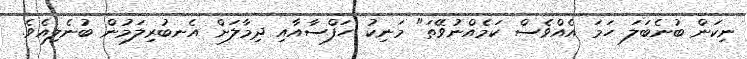
ނިކަން ބުނެބަލަ ހަމަ އެއްވެސް ކަމެއްނުވޭތަ" މަނިކު ހަފްސާއާއި ދިމާލަށް އެނބުރިލަމުން ބުނެލިއެވެ.